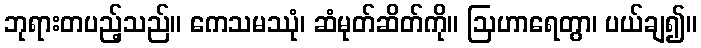
ဘုရားတပည့်သည်။ ကေသမဿုံ၊ ဆံမုတ်ဆိတ်ကို။ ဩဟာရေတွာ၊ ပယ်ချ၍။